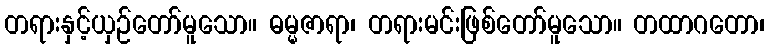
တရားနှင့်ယှဉ်တော်မူသော။ ဓမ္မဇာရာ၊ တရားမင်းဖြစ်တော်မူသော။ တထာဂတော၊